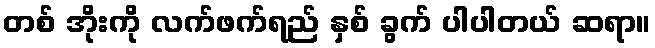
တစ် အိုးကို လက်ဖက်ရည် နှစ် ခွက် ပါပါတယ် ဆရာ။